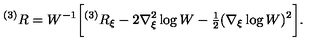
{ } ^ { ( 3 ) } R = W ^ { - 1 } \biggl [ { } ^ { ( 3 ) } R _ { \xi } - 2 \nabla _ { \xi } ^ { 2 } \log W - { \textstyle \frac { 1 } { 2 } } ( \nabla _ { \xi } \log W ) ^ { 2 } \biggr ] .